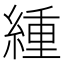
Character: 緟